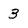
Character: 3